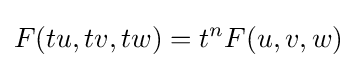
F(tu,tv,tw)=t^{n}F(u,v,w)